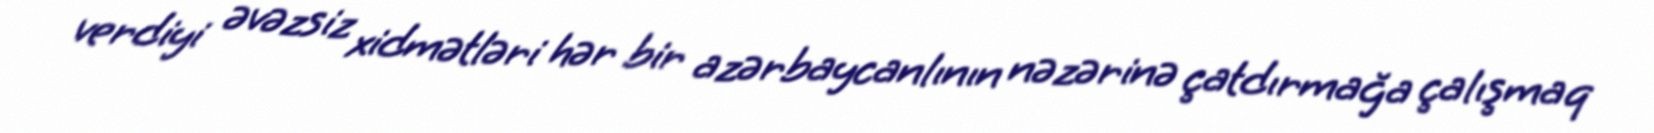
verdiyi əvəzsiz xidmətləri hər bir azərbaycanlının nəzərinə çatdırmağa çalışmaq